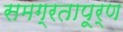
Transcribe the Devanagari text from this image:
समग्रतापूर्ण